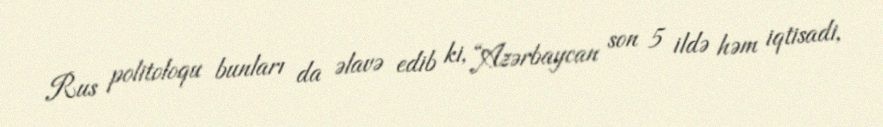
Rus politoloqu bunları da əlavə edib ki, “Azərbaycan son 5 ildə həm iqtisadi,